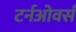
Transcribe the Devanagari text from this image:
टर्नओवर्स